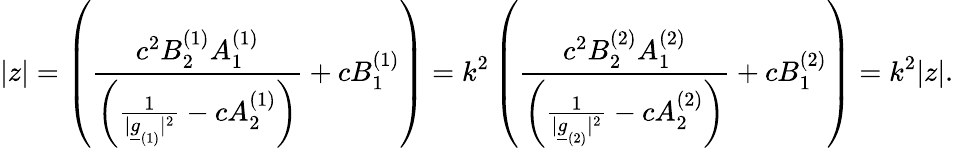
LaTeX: \vert z\vert=\left(\frac{c^{2}B_{2}^{(1)}A_{1}^{(1)}}{\left(\frac{1}{\vert\underline{{g}}_{(1)}\vert^{2}}-cA_{2}^{(1)}\right)}+cB_{1}^{(1)}\right)=k^{2}\left(\frac{c^{2}B_{2}^{(2)}A_{1}^{(2)}}{\left(\frac{1}{\vert\underline{{g}}_{(2)}\vert^{2}}-cA_{2}^{(2)}\right)}+cB_{1}^{(2)}\right)=k^{2}\vert z\vert.